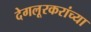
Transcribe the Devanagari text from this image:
देगलूरकरांच्या